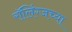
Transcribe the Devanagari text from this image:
रॉलिंग्जच्या